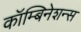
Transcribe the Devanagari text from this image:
कॉम्बिनेशन्स